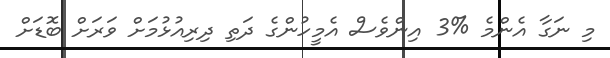
މި ނަގާ އެންމެ %3 އިންވެސް އެމީހުންގެ ދަތި ދިރިއުޅުމަށް ވަރަށް ބޮޑަށް